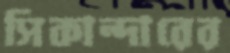
সিকান্দারের